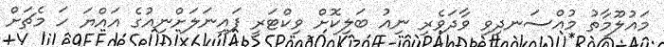
މައުލޫމާތު މުއްސަނދިވި ވާދަވެރި ނިއު ބަލިކޮށް ވިކްޓަރީ ފައިނަލަށްނިއުގެ އައްޔަ ހަ މެޗަށް